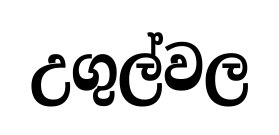
උගුල්වල